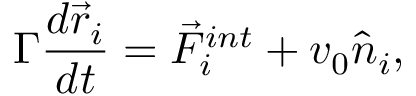
\Gamma \frac { d \vec { r } _ { i } } { d t } = \vec { F } _ { i } ^ { i n t } + v _ { 0 } \hat { n } _ { i } ,